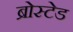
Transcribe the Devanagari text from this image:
ब्रोस्टेड